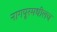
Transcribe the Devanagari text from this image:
नागपूरमधीलच